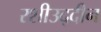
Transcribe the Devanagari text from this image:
रशीउद्दीन